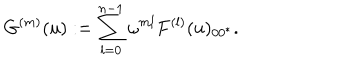
G ^ { ( m ) } ( u ) : = \sum _ { l = 0 } ^ { n - 1 } \omega ^ { m l } F ^ { ( l ) } ( u ) _ { 0 0 ^ { * } } .